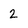
Character: 2